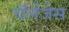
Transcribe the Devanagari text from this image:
चॅलेंजेस